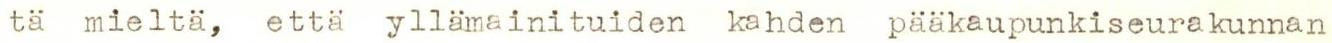
tä mieltä, että yllämainituiden kahden pääkaupunkiseurakunnan